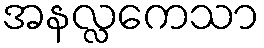
အနလ္လကေသာ